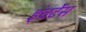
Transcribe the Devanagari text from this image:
इंवर्टेंस